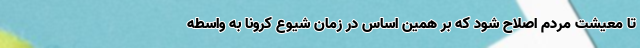
تا معیشت مردم اصلاح شود که بر همین اساس در زمان شیوع کرونا به واسطه